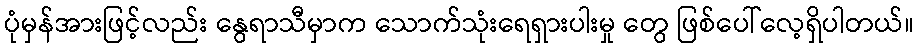
ပုံမှန်အားဖြင့်လည်း နွေရာသီမှာက သောက်သုံးရေရှားပါးမှု တွေ ဖြစ်ပေါ်လေ့ရှိပါတယ်။